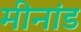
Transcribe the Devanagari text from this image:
मीनांड